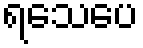
ရသေပေ